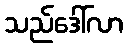
သည်ဒေါ်လာ